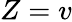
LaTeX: Z=v